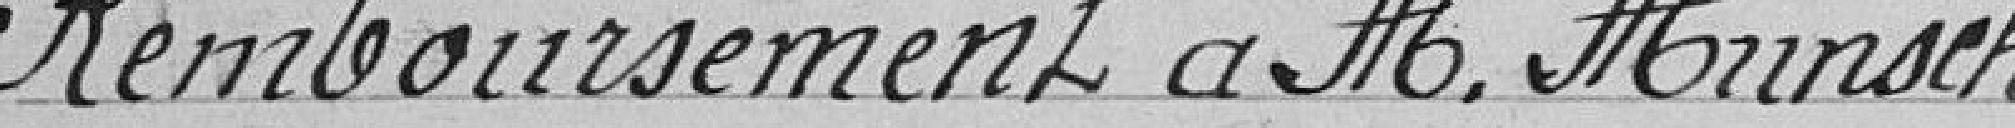
Remboursement à Monsieur MUNSCH